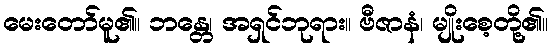
မေးတော်မူ၏။ ဘန္တေ၊ အရှင်ဘုရား။ ဗီဇာနံ၊ မျိုးစေ့တို့၏။